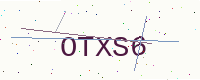
Text: OTXS6